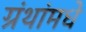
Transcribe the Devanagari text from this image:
ग्रंथांमधे